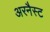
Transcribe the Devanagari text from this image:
अरनैस्ट